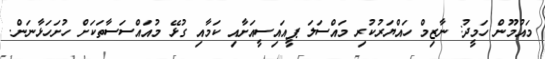
މައުމޫން ހަމީދު: ނާޒިމް ހައްޔަރުކުރި މައްސަލަ ޕީއައިސީއަށާއި ކަމާއި ގުޅޭ މުއައްސަސާތަކަށް ހުށަހަޅާނަން.